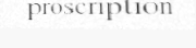
proscription